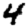
Digit: 4